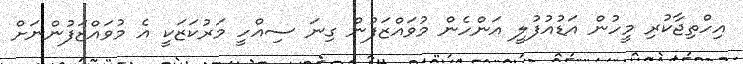
އިހްތިޖާކުރި މީހުން އަޑުއުފުލީ އަންހެން މުވައްޒަފުން ގިނަ ސިއްހީ މަރުކަޒަކީ އެ މުވައްޒަފުންނަށް